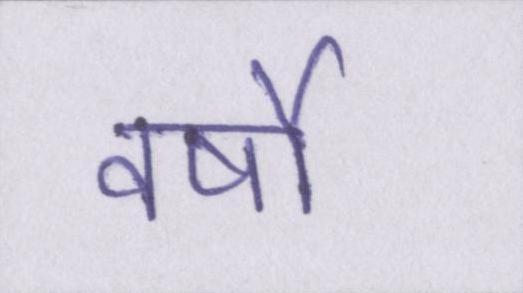
वर्षो